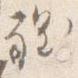
程